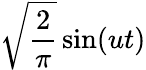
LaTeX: {\sqrt{\frac{2}{\pi}}}\sin(ut)